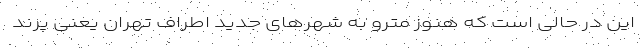
این در حالی است که هنوز مترو به شهرهای جدید اطراف تهران یعنی پرند